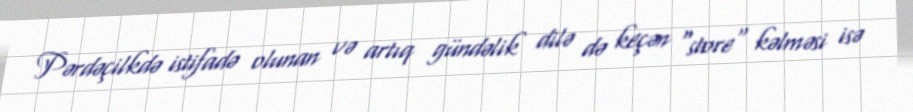
Pərdəçilkdə istifadə olunan və artıq gündəlik dilə də keçən "store" kəlməsi isə